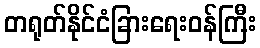
တရုတ်နိုင်ငံခြားရေးဝန်ကြီး